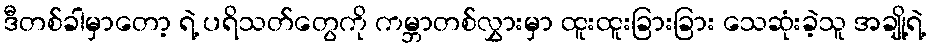
ဒီတစ်ခါမှာတော့ ရဲ့ ပရိသတ်တွေကို ကမ္ဘာတစ်လွှားမှာ ထူးထူးခြားခြား သေဆုံးခဲ့သူ အချို့ရဲ့